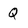
Character: Q